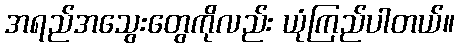
အရည်အသွေးတွေကိုလည်း ယုံကြည်ပါတယ်။